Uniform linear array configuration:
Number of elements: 4
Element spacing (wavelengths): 0.25
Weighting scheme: kaiser
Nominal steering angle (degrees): -15
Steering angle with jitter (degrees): -14.551
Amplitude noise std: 0.05
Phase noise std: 0.05

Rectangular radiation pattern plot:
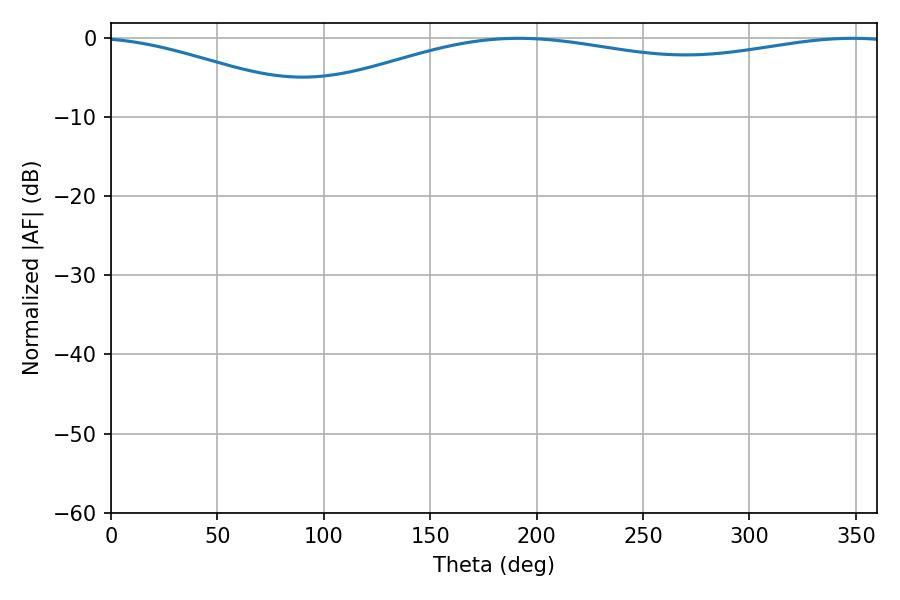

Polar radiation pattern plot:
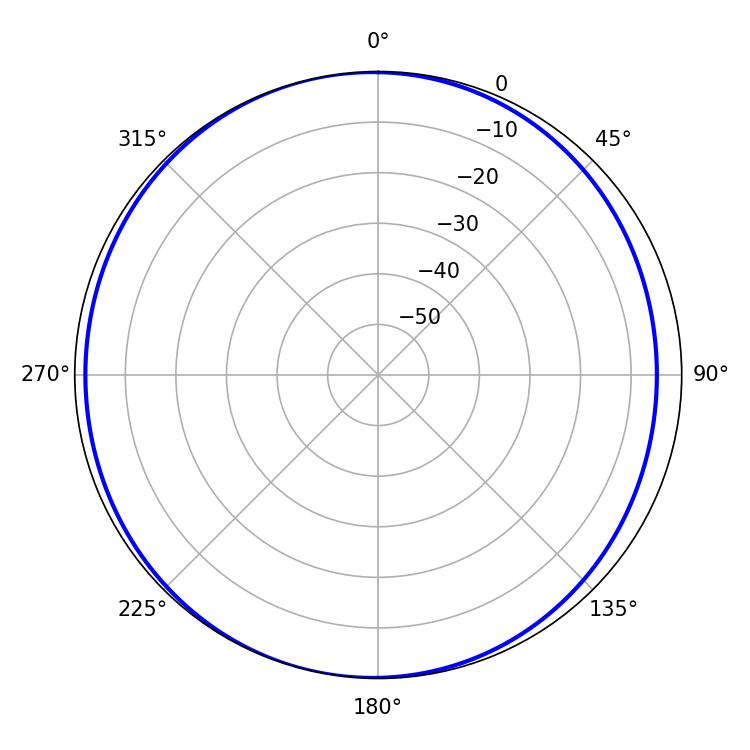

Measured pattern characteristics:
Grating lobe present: FALSE
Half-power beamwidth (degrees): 229.68
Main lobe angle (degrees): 191.52